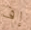
إف